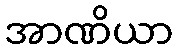
အာဏိယာ